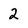
Character: 2